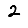
Digit: 2